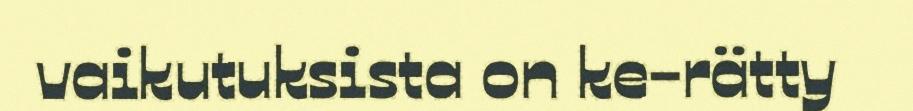
vaikutuksista on ke-rätty